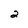
Character: 2